Scottish Leaving Certificate Examination, 1961
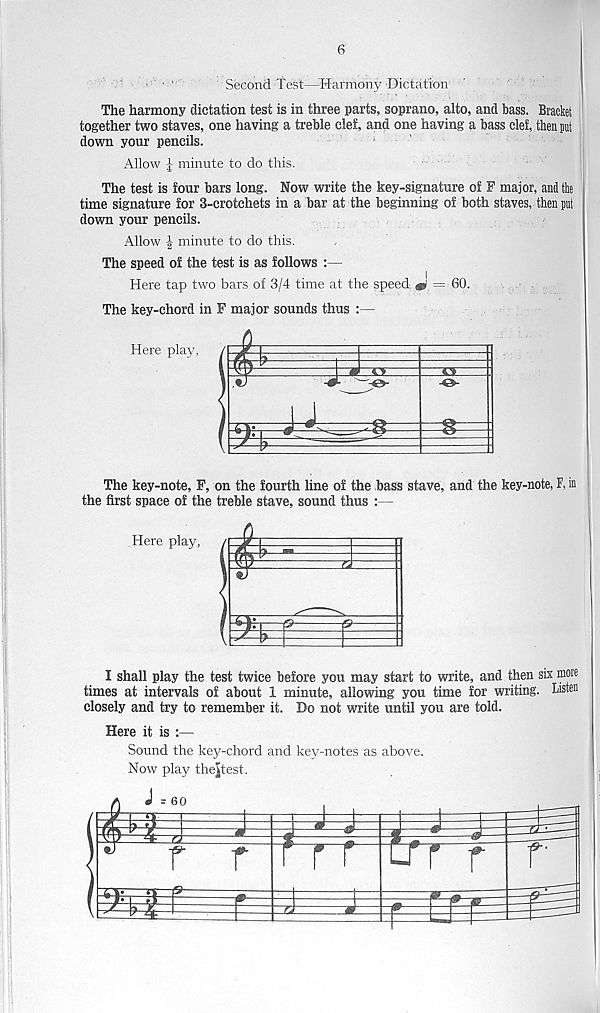
6
'
Second Test—Harmony Dictation
The harmony dictation test is in three parts, soprano, alto, and bass. Bracket
together two staves, one having a treble clef, and one having a bass clef, then put
down your pencils.
Allow | minute to do this.
The test is four bars long. Now write the key-signature of F major, and the
time signature for 3-crotchets in a bar at the beginning of both staves, then put
down your pencils.
Allow | minute to do this.
The speed of the test is as follows :—
Here tap two bars of 3/4 time at the speed ^ = 60.
The key-chord in F major sounds thus :—
Here play,
The key-note, F, on the fourth line of the bass stave, and the key-note, F, in
the first space of the treble stave, sound thus :—
Here play,
I shall play the test twice before you may start to write, and then six more
times at intervals of about 1 minute, allowing you time for writing. Listen
closely and try to remember it. Do not write until you are told.
Here it is :—
Sound the key-chord and key-notes as above.
Now play thejjtest.